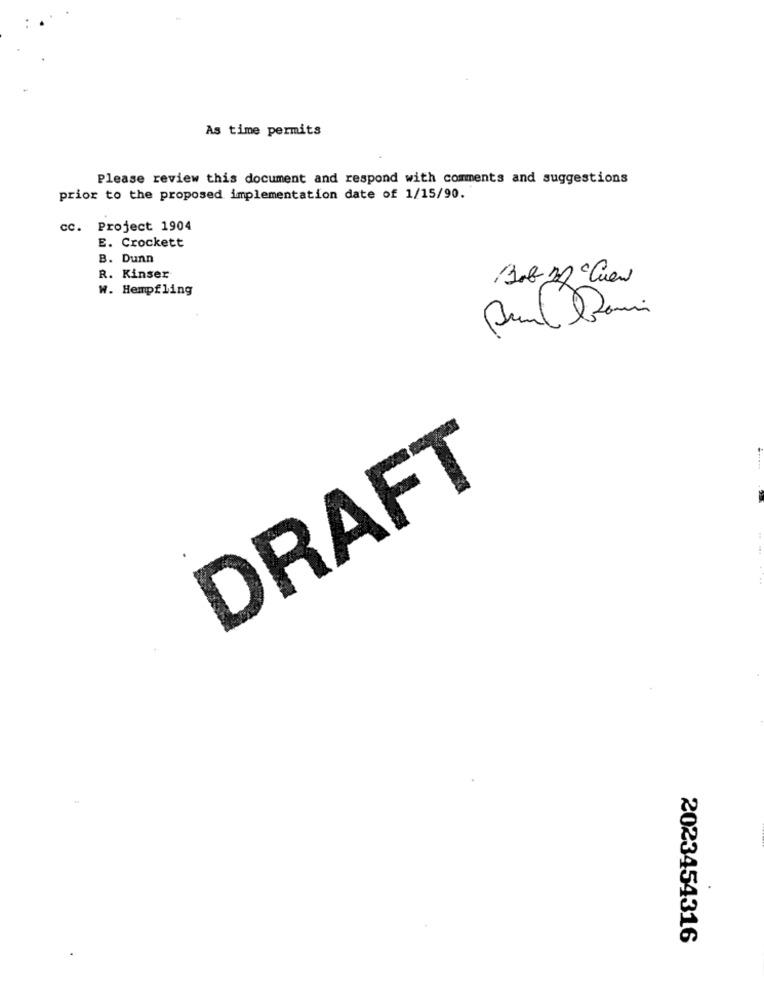
As time permits
Please review this document and respond with comments and suggestions
prior to the proposed implementation date of 1/15/90.
cc. Project 1904
E. Crockett
B. Dunn
R. Kinser
W. Hempfling
DRAFT
2023454316